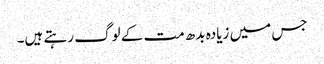
جس میں زیادہ بدھ مت کے لوگ رہتے ہیں۔